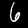
Label: 6